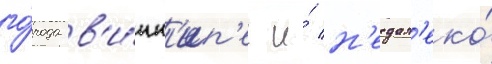
го́рода в'и́нн'ип'ег и́ н'едал'еко́